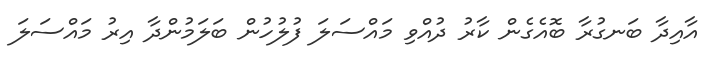
އާއިދާ ބަނގުރާ ބޮއެގެން ކާރު ދުއްވި މައްސަލަ ފުލުހުން ބަލަމުންދާ އިރު މައްސަލަ